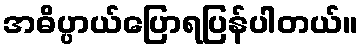
အဓိပ္ပာယ်ပြောရပြန်ပါတယ်။